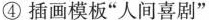
④插画模板”人间喜剧”